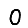
Digit: 0